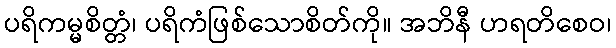
ပရိကမ္မစိတ္တံ၊ ပရိကံဖြစ်သောစိတ်ကို။ အဘိနီ ဟရတိစေဝ၊